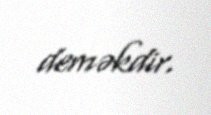
deməkdir.